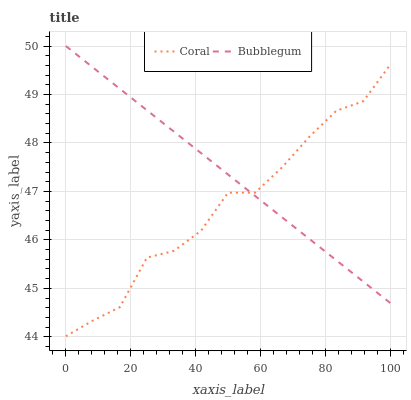
| xaxis_label | Coral | Bubblegum |
 | --- | --- | --- |
 | 0 | 44 | 50 |
 | 8.33 | 44.3 | 49.6 |
 | 16.7 | 44.6 | 49.1 |
 | 25 | 45.6 | 48.7 |
 | 33.3 | 45.8 | 48.2 |
 | 41.7 | 46.2 | 47.8 |
 | 50 | 47 | 47.3 |
 | 58.3 | 47 | 46.9 |
 | 66.7 | 47.5 | 46.5 |
 | 75 | 48.1 | 46 |
 | 83.3 | 48.7 | 45.6 |
 | 91.7 | 48.9 | 45.1 |
 | 100 | 49.6 | 44.7 |